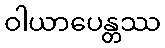
ဝါယာပေန္တဿ